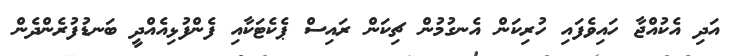
އަދި އެކުއްޖާ ހައިވެފައި ހުރިކަން އެނގުމުން ޗިކަން ރައިސް ޕެކެޓަކާއި ފެންފުޅިއެއްދީ ބަނޑުފުރެންދެން